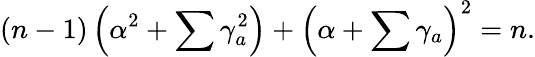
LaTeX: (n-1)\left(\alpha^{2}+\sum\gamma_{a}^{2}\right)+\left(\alpha+\sum\gamma_{a}\right)^{2}=n.